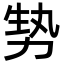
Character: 㔟